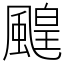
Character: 䬖